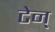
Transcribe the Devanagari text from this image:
टेन्